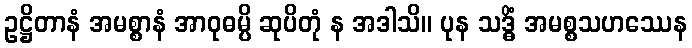
ဥဋ္ဌိတာနံ အမစ္စာနံ အာဝုဓမ္ပိ ဆုပိတုံ န အဒါသိ။ ပုန သဒ္ဓိံ အမစ္စသဟဿေန